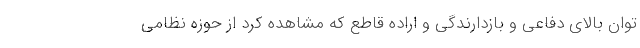
توان بالای دفاعی و بازدارندگی و اراده قاطع که مشاهده کرد از حوزه نظامی